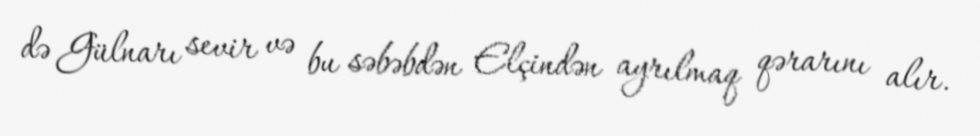
də Gülnarı sevir və bu səbəbdən Elçindən ayrılmaq qərarını alır.